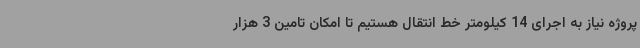
پروژه نیاز به اجرای 14 کیلومتر خط انتقال هستیم تا امکان تامین 3 هزار